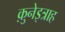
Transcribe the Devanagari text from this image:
क़ुनेइत्राह